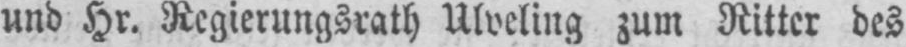
und Hr. Regierungsrath Ulveling zum Ritter des